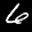
Label: 6